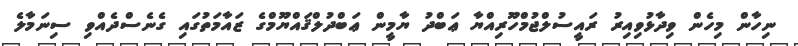
ނިހާން މިހެން ވިދާޅުވިއިރު ރައީސުލްޖުމްހޫރިއްޔާ ޢަބްދު ޔާމީން ޢަބްދުލްޤައްޔޫމްގެ ޒައާމަތުގައި ގެނެސްދެއްވި ސިނަމާލެ